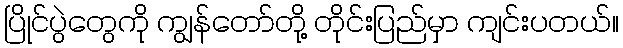
ပြိုင်ပွဲတွေကို ကျွန်တော်တို့ တိုင်းပြည်မှာ ကျင်းပတယ်။